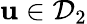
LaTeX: {\mathbf{u}}\in\mathcal{D}_{2}